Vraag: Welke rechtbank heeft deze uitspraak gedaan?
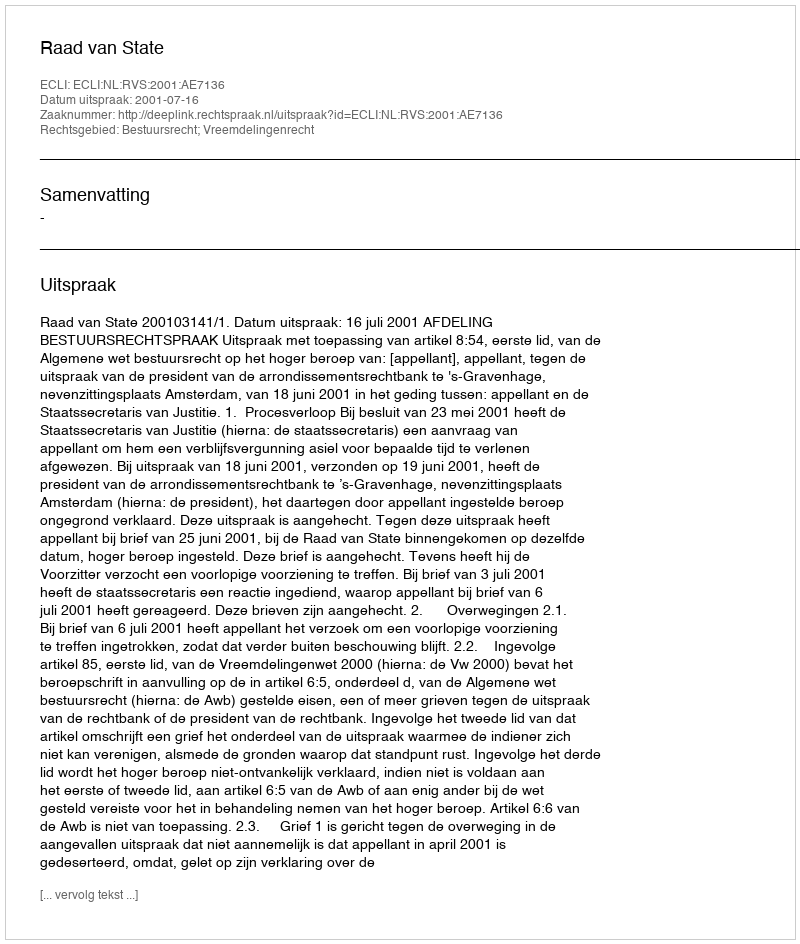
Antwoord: Raad van State